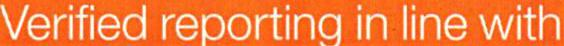
Verified reporting in line with